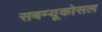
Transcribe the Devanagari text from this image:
सबम्‍यूकोसल